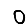
Digit: 0